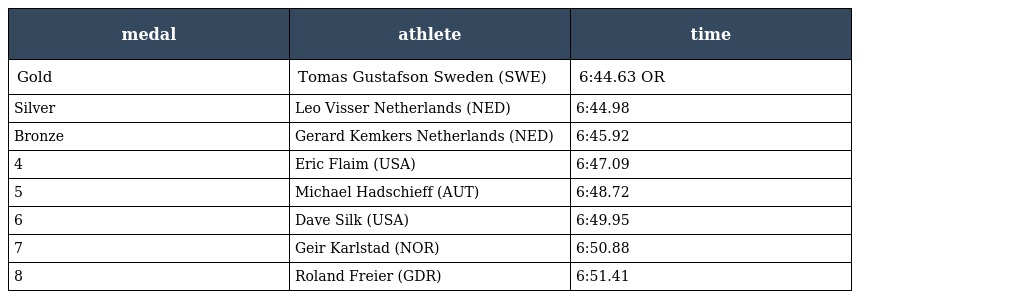
| medal | athlete | time |
 | --- | --- | --- |
 | Gold | Tomas Gustafson Sweden (SWE) | 6:44.63 OR |
 | Silver | Leo Visser Netherlands (NED) | 6:44.98 |
 | Bronze | Gerard Kemkers Netherlands (NED) | 6:45.92 |
 | 4 | Eric Flaim (USA) | 6:47.09 |
 | 5 | Michael Hadschieff (AUT) | 6:48.72 |
 | 6 | Dave Silk (USA) | 6:49.95 |
 | 7 | Geir Karlstad (NOR) | 6:50.88 |
 | 8 | Roland Freier (GDR) | 6:51.41 |